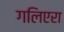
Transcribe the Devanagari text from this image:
गलिएरा